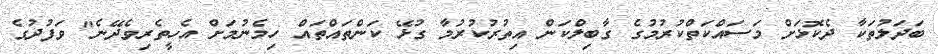
ބަދަލުތަކާ ދެކޮޅަށް މަސައްކަތްކުރުމުގެ ގާބިލްކަން އިތުރުކުރުމާ ގުޅޭ ކަންތައްތައް ހިމެނުމަށް އެހީތެރިވެދޭނެ" ވަފުދުގެ